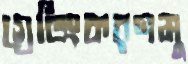
গ্রেডিংকরণমু